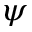
\psi